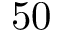
5 0